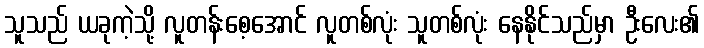
သူသည် ယခုကဲ့သို့ လူတန်းစေ့အောင် လူတစ်လုံး သူတစ်လုံး နေနိုင်သည်မှာ ဦးလေး၏